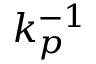
k _ { p } ^ { - 1 }